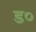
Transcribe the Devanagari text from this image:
ड०